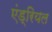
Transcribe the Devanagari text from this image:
एंड्रियल